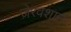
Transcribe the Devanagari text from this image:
ज़ेरवशान